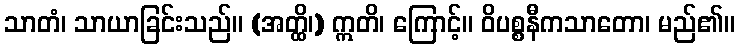
သာတံ၊ သာယာခြင်းသည်။ (အတ္ထိ၊) ဣတိ၊ ကြောင့်။ ဝိပစ္စနီကသာတော၊ မည်၏။